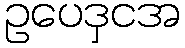
ဥပေဒှငအ